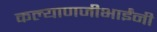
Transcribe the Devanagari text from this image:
कल्याणजीभाईंनी